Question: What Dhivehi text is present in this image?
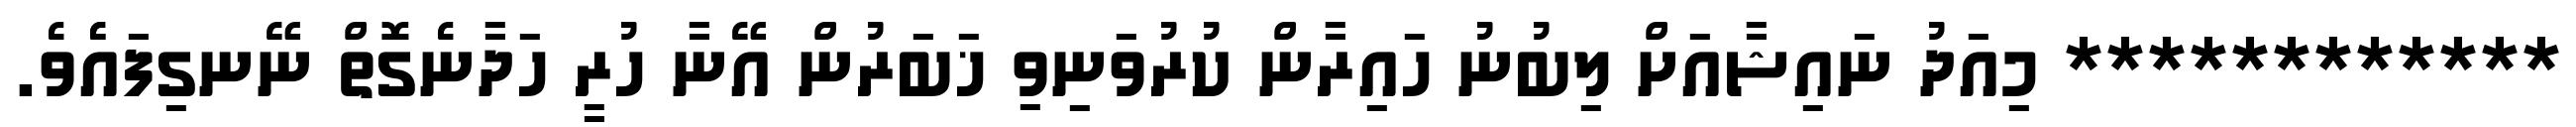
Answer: ************ މިއަދު ނައިޝާއަށް ލިބުނު ހައިރާން ކުރުވަނިވި ޚަބަރުން އޭނާ ހުރީ ހަދާނެގޮތް ނޭނގިފައެެވެ.